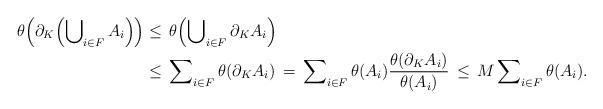
LaTeX: \begin{align*}\theta \! \left(\partial_K \! \left(\bigcup\nolimits_{i\in F}A_i\right)\right)\! \, &\leq \, \theta\!\left( \bigcup\nolimits_{i\in F}\partial_K A_i\right) \\& \leq \, \sum\nolimits_{i\in F}\theta(\partial_K A_i)\, = \, \sum\nolimits_{i\in F}\theta(A_i)\frac{\theta(\partial_K A_i)}{\theta(A_i)}\, \leq \, M \sum\nolimits_{i\in F}\theta(A_i).\end{align*}